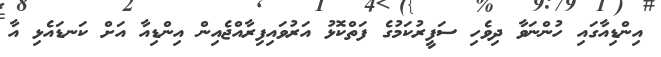
އިންޑިއާގައި ހުންނަވާ ދިވެހި ސަފީރުކަމުގެ ފަތްކޮޅު އަރުވައިފިރާއްޖެއިން އިންޑިއާ އަށް ކަނޑައެޅި އާ